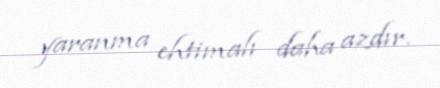
yaranma ehtimalı daha azdır.